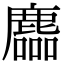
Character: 𪋓